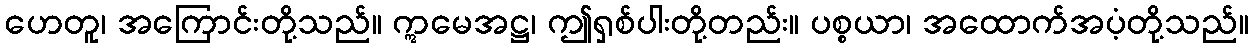
ဟေတူ၊ အကြောင်းတို့သည်။ ဣမေအဋ္ဌ၊ ဤရှစ်ပါးတို့တည်း။ ပစ္စယာ၊ အထောက်အပံ့တို့သည်။